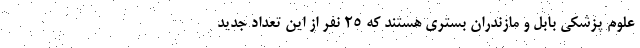
علوم پزشکی بابل و مازندران بستری هستند که ۲۵ نفر از این تعداد جدید